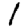
Digit: 1